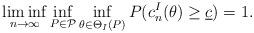
LaTeX: \begin{align*}\liminf_{n \to\infty}\inf_{P\in\mathcal P}\inf_{\theta\in \Theta_I(P)}P(c^I_{n}(\theta)\ge \underline c)=1. \end{align*}